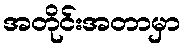
အတိုင်းအတာမှာ